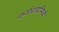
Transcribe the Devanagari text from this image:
कर्मचार्यांमध्ये